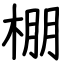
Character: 棚